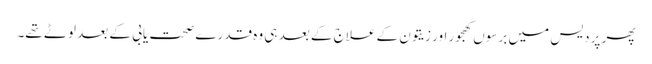
پھر پردیس میں برسوں کھجور اور زیتون کے علاج کے بعد ہی وہ قدرے صحت یابی کے بعد لوٹے تھے۔